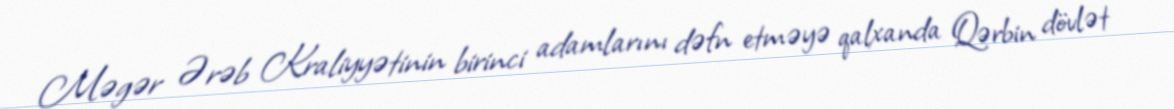
Məgər Ərəb Kraliyyətinin birinci adamlarını dəfn etməyə qalxanda Qərbin dövlət